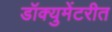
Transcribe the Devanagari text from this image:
डॉक्युमेंटरीत